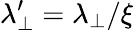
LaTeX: \lambda_{\perp}^{\prime}=\lambda_{\perp}/\xi